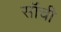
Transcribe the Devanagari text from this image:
सॉंची